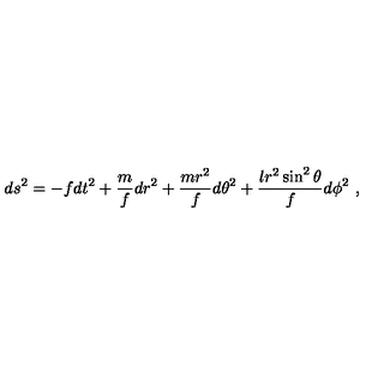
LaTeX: d s ^ { 2 } = - f d t ^ { 2 } + \frac { m } { f } d r ^ { 2 } + \frac { m r ^ { 2 } } { f } d \theta ^ { 2 } + \frac { l r ^ { 2 } \sin ^ { 2 } \theta } { f } d \phi ^ { 2 } \ ,